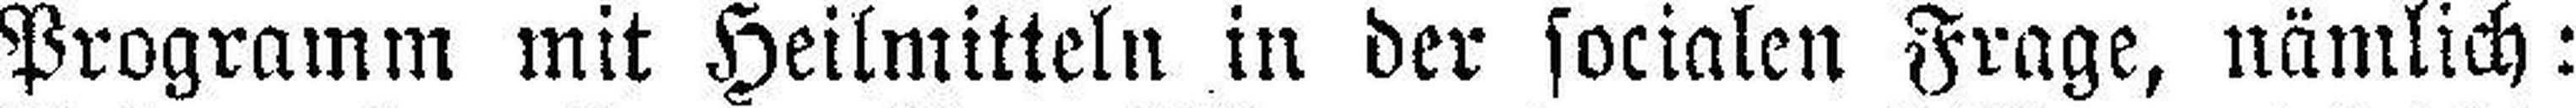
Programm mit Heilmitteln in der socialen Frage, nämlich: